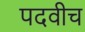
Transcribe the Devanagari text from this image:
पदवीच